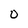
Character: 0